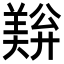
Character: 𬙺